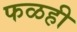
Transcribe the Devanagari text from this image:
फळही